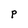
Character: P